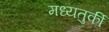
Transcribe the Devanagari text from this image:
मध्यतुर्की